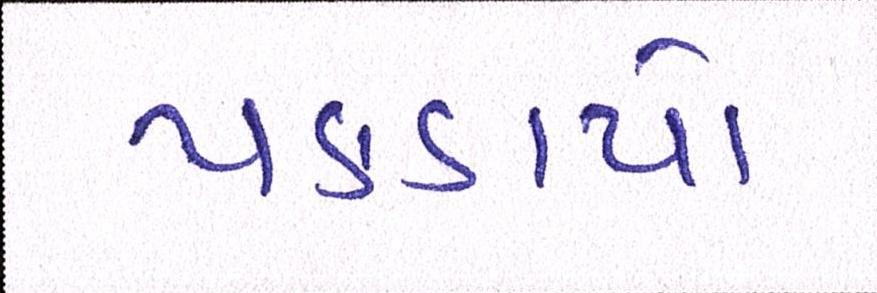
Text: પકડયો